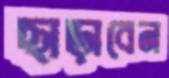
ছাড়াবেন